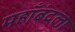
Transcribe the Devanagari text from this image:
महाँबंदला